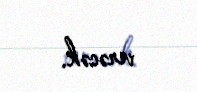
verəcək.